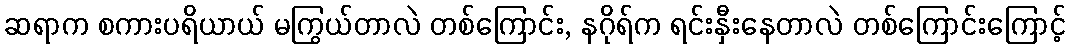
ဆရာက စကားပရိယာယ် မကြွယ်တာလဲ တစ်ကြောင်း, နဂိုရ်က ရင်းနှီးနေတာလဲ တစ်ကြောင်းကြောင့်